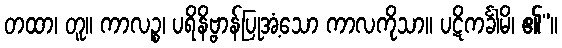
တထာ၊ တူ။ ကာလဉ္စ၊ ပရိနိဗ္ဗာန်ပြုအံ့သော ကာလကိုသာ။ ပဋိကင်္ခါမိ၊ ၏”။